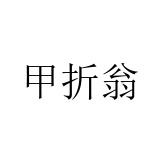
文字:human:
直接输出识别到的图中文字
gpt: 甲折翁